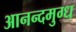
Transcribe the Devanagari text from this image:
आनन्दमुग्ध